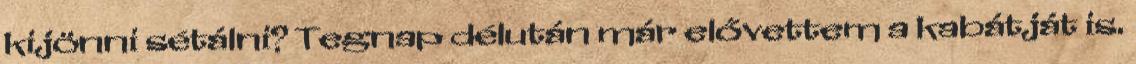
kijönni sétálni? Tegnap délután már elővettem a kabátját is.